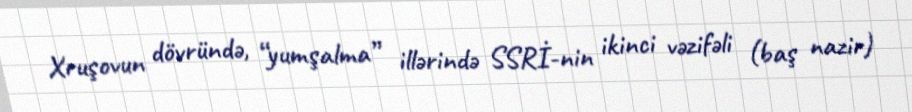
Xruşovun dövründə, “yumşalma” illərində SSRİ-nin ikinci vəzifəli (baş nazir)